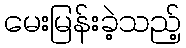
မေးမြန်းခဲ့သည့်